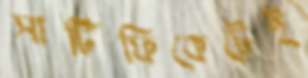
সার্টিফিকেটেই